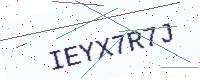
Text: IEYX7R7J